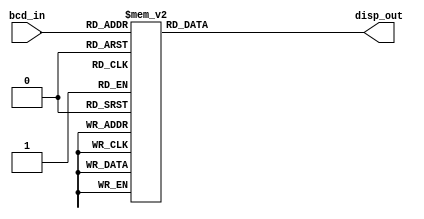
module SevSegDisp_s(disp_out, bcd_in);

    input [3:0] bcd_in; 

    output reg [6:0] disp_out; 

    always @(bcd_in) begin
        case (bcd_in)
            4'b0000 : disp_out = 7'b1000000; 
            4'b0001 : disp_out = 7'b1111001; 
            4'b0010 : disp_out = 7'b0100100; 
            4'b0011 : disp_out = 7'b0110000; 
            4'b0100 : disp_out = 7'b0011001; 
            4'b0101 : disp_out = 7'b0010010; 
            4'b0110 : disp_out = 7'b0000010; 
            4'b0111 : disp_out = 7'b1111000; 
            4'b1000 : disp_out = 7'b0000000; 
            4'b1001 : disp_out = 7'b0010000; 
            4'b1111 : disp_out = 7'b0111111; 
            default: 
            disp_out = 7'b1000000; 
        endcase
    end

endmodule